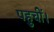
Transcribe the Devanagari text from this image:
पहुचीं।